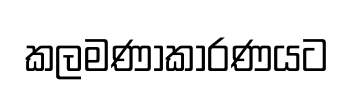
කලමණාකාරණයට